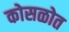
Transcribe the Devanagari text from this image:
कोसळोत